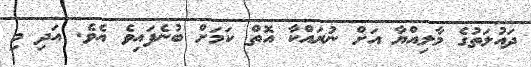
ދައުލަތުގެ މާލިއްޔާ އަށް ނުރައްކާ އޮތް ކަމަށް ބުނެފައިވެ އެވެ. އަދި މި